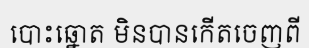
បោះឆ្នោត មិនបានកើតចេញពី